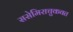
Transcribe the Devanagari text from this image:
ससेमिराचुकवत